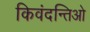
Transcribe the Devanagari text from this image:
किवंदन्तिओ